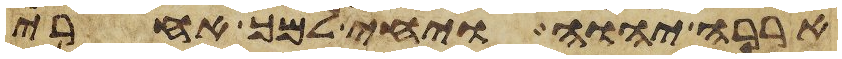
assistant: אררה יהוה ויחי למך אחרי